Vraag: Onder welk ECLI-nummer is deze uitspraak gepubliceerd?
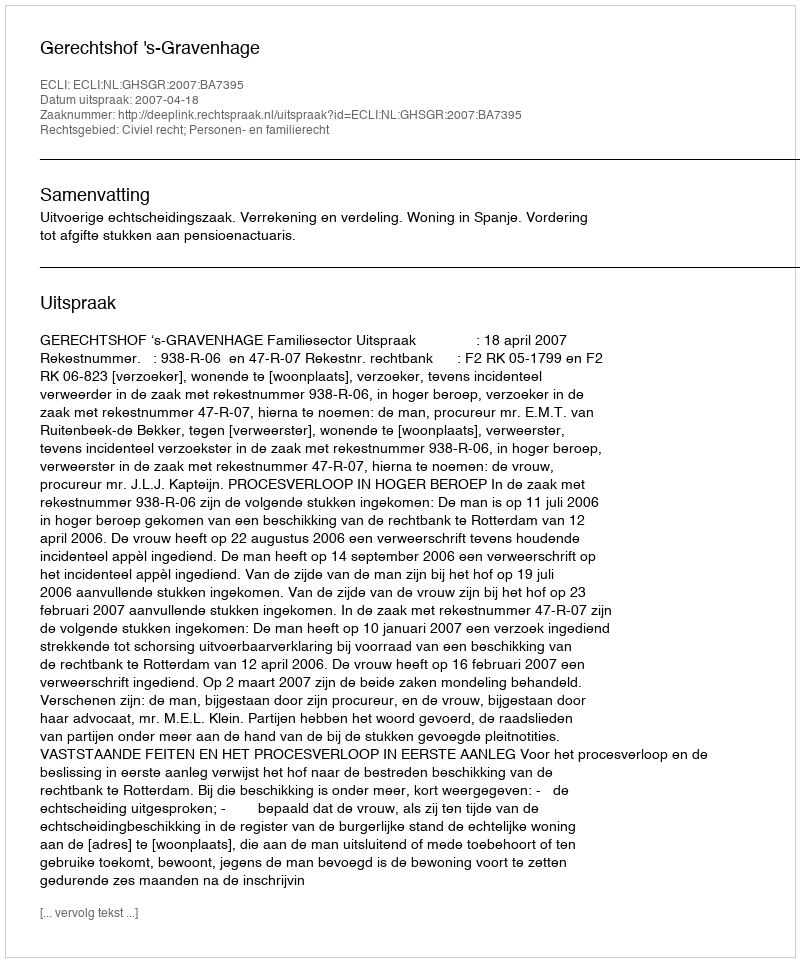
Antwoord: ECLI:NL:GHSGR:2007:BA7395